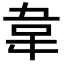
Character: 韋